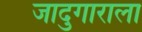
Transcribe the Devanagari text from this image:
जादुगाराला